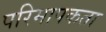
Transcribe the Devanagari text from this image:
परिमापकता